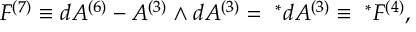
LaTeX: F ^ { ( 7 ) } \equiv d A ^ { ( 6 ) } - A ^ { ( 3 ) } \wedge d A ^ { ( 3 ) } = { ~ } ^ { * } d A ^ { ( 3 ) } \equiv { ~ } ^ { * } F ^ { ( 4 ) } ,